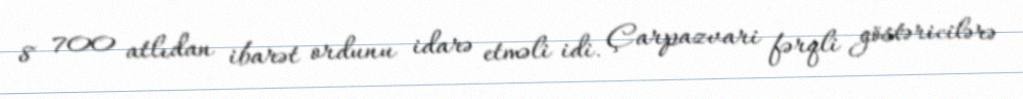
8 700 atlıdan ibarət ordunu idarə etməli idi. Çarpazvari fərqli göstəricilərə